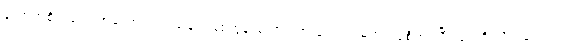
ကောက်စိုက်သောအခါ အပင် ငယ်များဖြစ်ထွန်းအောင် အထူး ကြပ်မတ် ဂရုစိုက်ရပြီး ရေကို လိုသလောက်